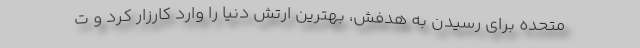
متحده برای رسیدن به هدفش، بهترین ارتش دنیا را وارد کارزار کرد و ت